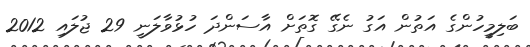
ބަލިމީހުންގެ އަތުން އަގު ނެގޭ ގޮތަށް އާސަންދަ ހުޅުވާލަނީ 29 ޖުލައި 2012